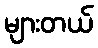
များတယ်